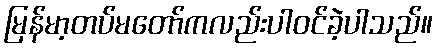
မြန်မာ့တပ်မတော်ကလည်းပါဝင်ခဲ့ပါသည်။